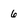
Character: 6